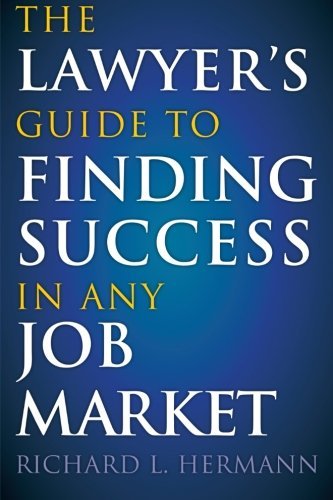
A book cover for The Lawyer's Guide to Finding Success in Any Job Market [Paperback] [2009] (Author) Richard L Hermann; Reference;